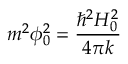
m ^ { 2 } \phi _ { 0 } ^ { 2 } = \frac { \hbar ^ { 2 } H _ { 0 } ^ { 2 } } { 4 \pi k }